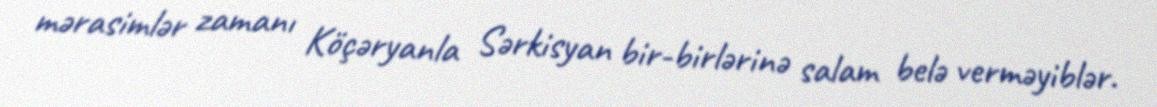
mərasimlər zamanı Köçəryanla Sərkisyan bir-birlərinə salam belə verməyiblər.